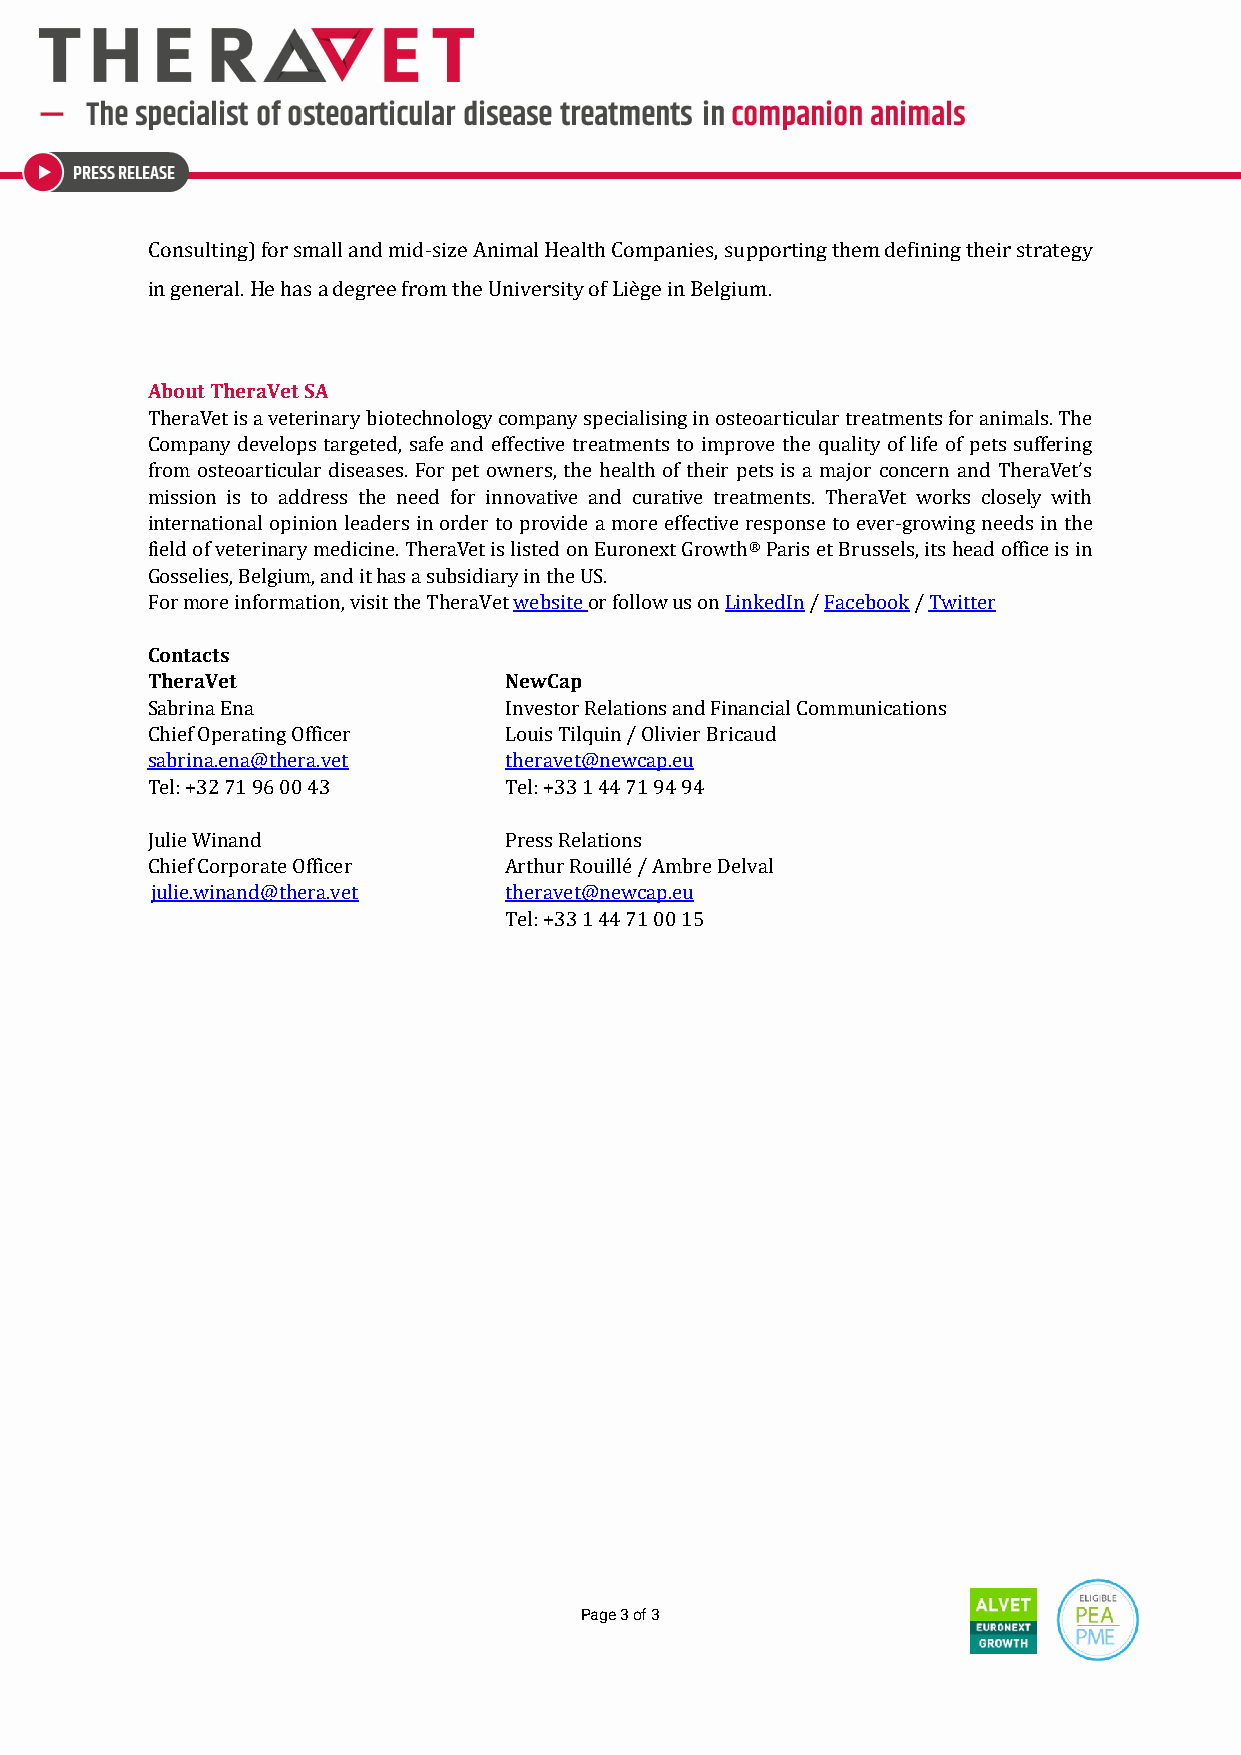
Consulting) for small and mid-size Animal Health Companies, supporting them defining their strategy
 in general. He has a degree from the University of Liège in Belgium.
 About TheraVet SA
 TheraVet is a veterinary biotechnology company specialising in osteoarticular treatments for animals. The
 Company develops targeted, safe and effective treatments to improve the quality of life of pets suffering
 from osteoarticular diseases. For pet owners, the health of their pets is a major concern and TheraVet’s
 mission is to address the need for innovative and curative treatments. TheraVet works closely with
 international opinion leaders in order to provide a more effective response to ever-growing needs in the
 field of veterinary medicine. TheraVet is listed on Euronext Growth® Paris et Brussels, its head office is in
 Gosselies, Belgium, and it has a subsidiary in the US.
 For more information, visit the TheraVet website or follow us on LinkedIn / Facebook / Twitter
 Contacts
 TheraVet               NewCap
 Sabrina Ena            Investor Relations and Financial Communications
 Chief Operating Officer Louis Tilquin / Olivier Bricaud
 sabrina.ena@thera.vet  theravet@newcap.eu
 Tel: +32 71 96 00 43   Tel: +33 1 44 71 94 94
 Julie Winand           Press Relations
 Chief Corporate Officer Arthur Rouillé / Ambre Delval
 julie.winand@thera.vet theravet@newcap.eu
 Tel: +33 1 44 71 00 15
 Page 3 of 3